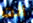
أنت